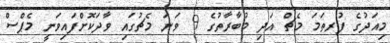
މިއަދުގެ ފުރތަމަ މެޗް އަދި މުބާރާތުގެ 9 ވަނަ މެޗުގައި ވާދަކޮށްފައިވަނީ މެޕްސް